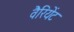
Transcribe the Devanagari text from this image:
वैरियेंट